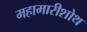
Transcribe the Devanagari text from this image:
महामारीशोथ